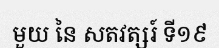
មួយ នៃ សតវត្សរ៍ ទី១៩